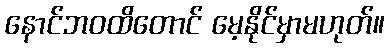
နောင်ဘဝထိတောင် မေ့နိုင်မှာမဟုတ်။